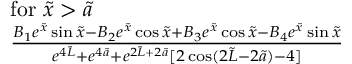
\begin{array} { r l } & { \mathrm { f o r ~ } \tilde { x } > \tilde { a } } \\ & { \frac { B _ { 1 } e ^ { \tilde { x } } \sin { \tilde { x } } - B _ { 2 } e ^ { \tilde { x } } \cos { \tilde { x } } + B _ { 3 } e ^ { \tilde { x } } \cos { \tilde { x } } - B _ { 4 } e ^ { \tilde { x } } \sin { \tilde { x } } } { e ^ { 4 \Tilde { L } } + e ^ { 4 \Tilde { a } } + e ^ { 2 \Tilde { L } + 2 \Tilde { a } } [ 2 \cos ( 2 \Tilde { L } - 2 \Tilde { a } ) - 4 ] } } \end{array}